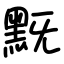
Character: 黖